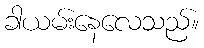
ခါယမ်းနေလေသည်။